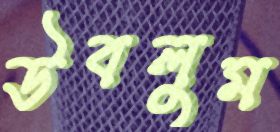
উবলুম